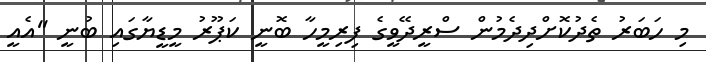
މި ހަބަރު ތެދުކޮށްދިދެމުން ސްރީދޭވީގެ ފިރިމީހާ ބޮނީ ކަޕޫރު މީޑީޔާގައި ބުނީ ''އެއީ